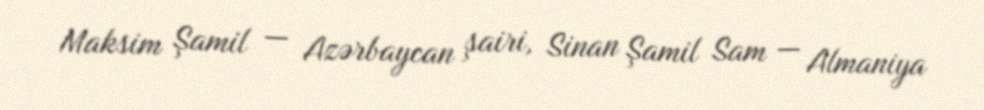
Maksim Şamil — Azərbaycan şairi, Sinan Şamil Sam — Almaniya